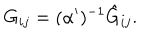
LaTeX: G _ { i j } = ( \alpha ^ { \prime } ) ^ { - 1 } \hat { G } _ { i j } .